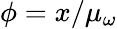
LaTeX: \phi=x/\mu_{\omega}